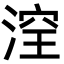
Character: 㴏